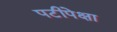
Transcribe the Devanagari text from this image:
पटीपेक्षा